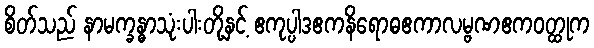
စိတ်သည် နာမက္ခန္ဓာသုံးပါးတို့နှင့် ဧကုပ္ပါဒဧကနိရောဓဧကာလမ္ဗဏဧကဝတ္ထုက